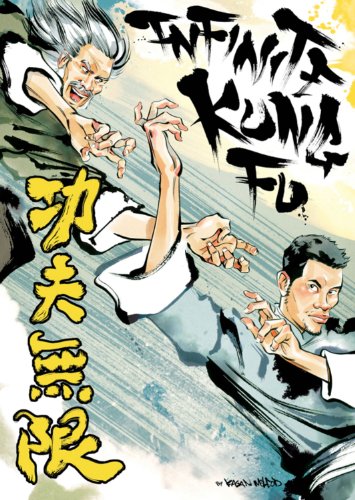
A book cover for Infinite Kung Fu; Kagan Mcleod; Sports & Outdoors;